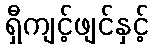
ရှီကျင့်ဖျင်နှင့်